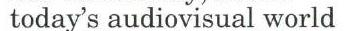
today's audiovisual world